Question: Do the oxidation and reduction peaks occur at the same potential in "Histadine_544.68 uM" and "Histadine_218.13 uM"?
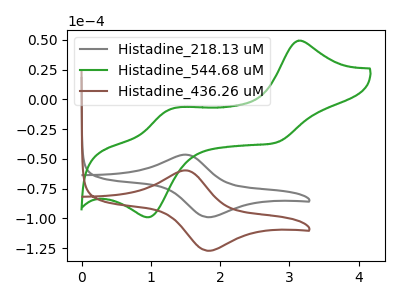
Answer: <think>The gray curve "Histadine_218.13 uM" has an anodic peak at (1.50V, -46.45uA) and a cathodic peak at (1.80V, -99.00uA). The green curve "Histadine_544.68 uM" has anodic peaks at (3.15V, 49.30uA) (1.30V, -8.45uA) and cathodic peaks at (2.80V, -36.45uA) (0.95V, -99.05uA). The brown curve "Histadine_436.26 uM" has an anodic peak at (1.50V, -59.70uA) and a cathodic peak at (1.80V, -127.15uA).</think>
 <answer>No, "Histadine_544.68 uM" and "Histadine_218.13 uM" have a different number of peaks.</answer>
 <eval>different_amount</eval>